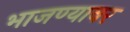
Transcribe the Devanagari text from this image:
भाजण्यावर